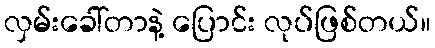
လှမ်းခေါ်တာနဲ့ ပြောင်း လုပ်ဖြစ်တယ်။